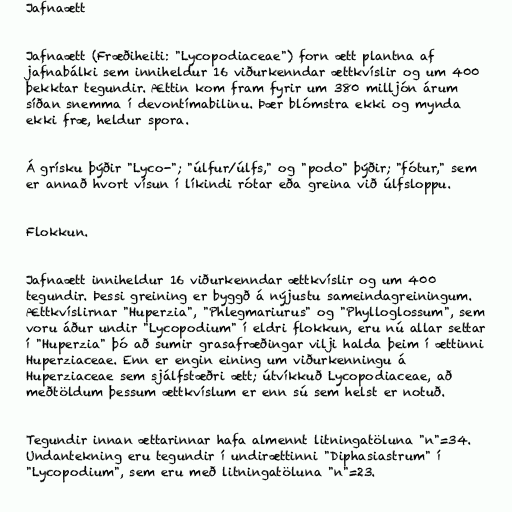
Jafnaætt

Jafnaætt (Fræðiheiti: "Lycopodiaceae") forn ætt plantna af
jafnabálki sem inniheldur 16 viðurkenndar ættkvíslir og um 400
þekktar tegundir. Ættin kom fram fyrir um 380 milljón árum
síðan snemma í devontímabilinu. Þær blómstra ekki og mynda
ekki fræ, heldur spora.

Á grísku þýðir "Lyco-"; "úlfur/úlfs," og "podo" þýðir; "fótur," sem
er annað hvort vísun í líkindi rótar eða greina við úlfsloppu.

Flokkun.

Jafnaætt inniheldur 16 viðurkenndar ættkvíslir og um 400
tegundir. Þessi greining er byggð á nýjustu sameindagreiningum.
Ættkvíslirnar "Huperzia", "Phlegmariurus" og "Phylloglossum", sem
voru áður undir "Lycopodium" í eldri flokkun, eru nú allar settar
í "Huperzia" þó að sumir grasafræðingar vilji halda þeim í ættinni
Huperziaceae. Enn er engin eining um viðurkenningu á
Huperziaceae sem sjálfstæðri ætt; útvíkkuð Lycopodiaceae, að
meðtöldum þessum ættkvíslum er enn sú sem helst er notuð.

Tegundir innan ættarinnar hafa almennt litningatöluna "n"=34.
Undantekning eru tegundir í undirættinni "Diphasiastrum" í
"Lycopodium", sem eru með litningatöluna "n"=23.